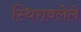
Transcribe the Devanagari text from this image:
स्थिरावलेले